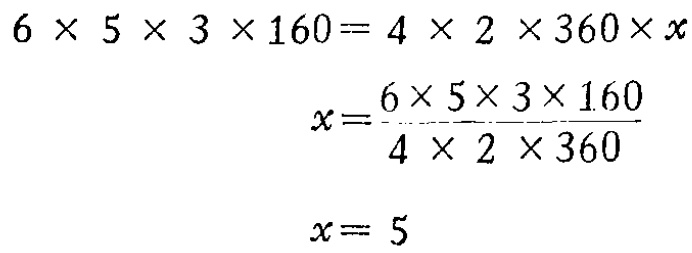
\[

\begin{align*}

6\times5\times3\times160&=4\times2\times360\times x\\

x&=\frac{6\times5\times3\times160}{4\times2\times360}\\

x&= 5

\end{align*}

\]